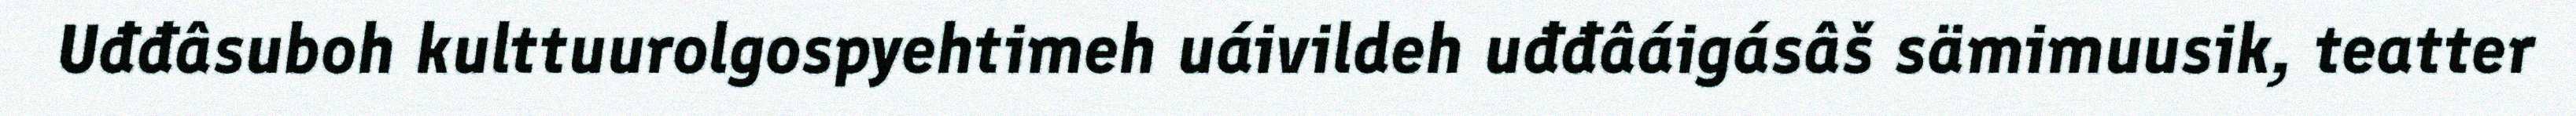
Uđđâsuboh kulttuurolgospyehtimeh uáivildeh uđđâáigásâš sämimuusik, teatter